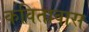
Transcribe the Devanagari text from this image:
कवितावास